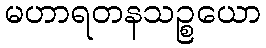
မဟာရတနသဉ္စယော